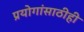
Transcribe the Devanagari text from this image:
प्रयोगांसाठीही